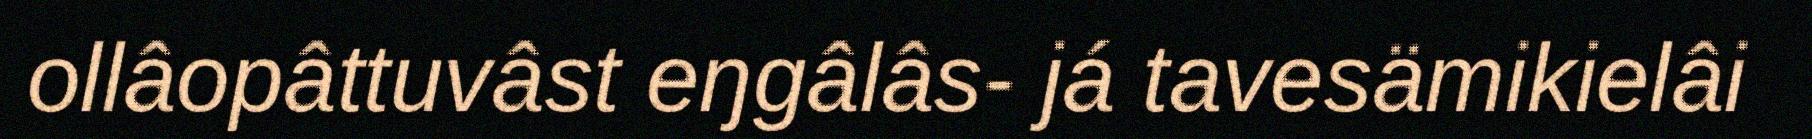
ollâopâttuvâst eŋgâlâs- já tavesämikielâi